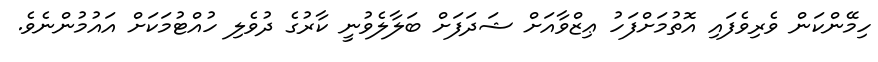
ހިމޭންކަން ވެރިވެފައި އޮތުމަށްފަހު ޢިޒްވާއަށް ޝަދަފަށް ބަލާލެވުނީ ކާރުގެ ދުވެލި ހުއްޓުމަކަށް އައުމުންނެވެ.